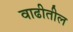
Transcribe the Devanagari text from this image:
वाढीतील